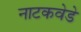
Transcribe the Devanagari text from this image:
नाटकवेडे